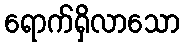
ရောက်ရှိလာသော